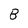
Character: B